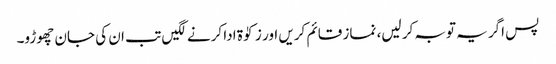
پس اگر یہ توبہ کر لیں، نماز قائم کریں اور زکوٰۃ ادا کرنے لگیں تب ان کی جان چھوڑو۔